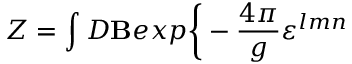
Z = \int { \cal D } { \bf B } e x p \bigg \{ - { \frac { 4 \pi } { g } } \varepsilon ^ { l m n }